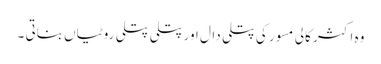
وہ اکثر کالی مسور کی پتلی دال اور پتلی پتلی روٹیاں بناتی ۔